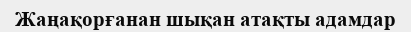
Жаңақорғанан шықан атақты адамдар